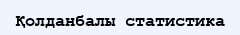
Қолданбалы статистика